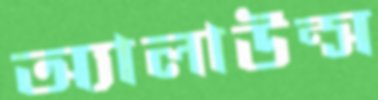
অ্যালাউন্স